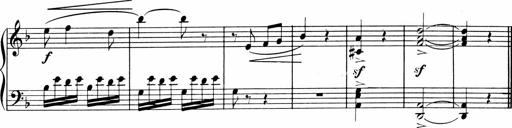
Title: 1Ã¨re Sonatine
Composer: FrÃ©dÃ©ric Binet